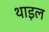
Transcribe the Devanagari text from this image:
थाइल